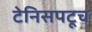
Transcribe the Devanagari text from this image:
टेनिसपटूच